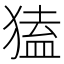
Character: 𤠡